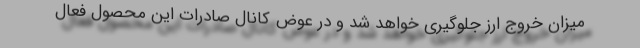
میزان خروج ارز جلوگیری خواهد شد و در عوض کانال صادرات این محصول فعال